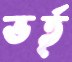
ভর্তৃ